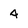
Character: 4